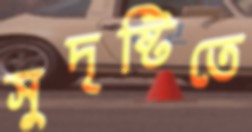
সুদৃষ্টিতে